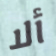
ألا